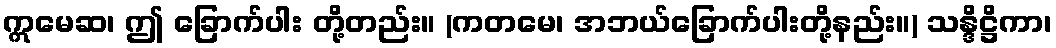
ဣမေဆ၊ ဤ ခြောက်ပါး တို့တည်း။ (ကတမေ၊ အဘယ်ခြောက်ပါးတို့နည်း။) သန္ဒိဋ္ဌိကာ၊